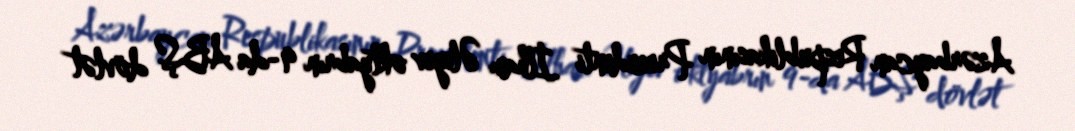
Azərbaycan Respublikasının Prezidenti İlham Əliyev oktyabrın 9-da ABŞ dövlət